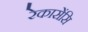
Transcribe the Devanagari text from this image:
रेकासेंसि